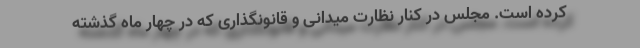
کرده است. مجلس در کنار نظارت میدانی و قانونگذاری که در چهار ماه گذشته